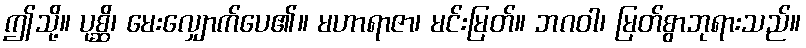
ဤသို့။ ပုစ္ဆိ၊ မေးလျှောက်ပေ၏။ မဟာရာဇာ၊ မင်းမြတ်။ ဘဂဝါ၊ မြတ်စွာဘုရားသည်။